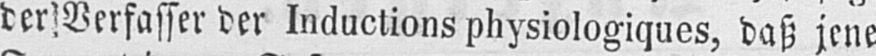
der Verfasser der Inductions physiologiques, daß jene